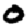
Digit: 0